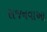
સજનવાઆ